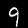
Digit: 9